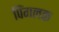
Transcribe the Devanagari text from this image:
पिंगलक